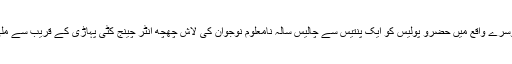
دوسرے واقع میں حضرو پولیس کو ایک پنتیس سے چالیس سالہ نامعلوم نوجوان کی لاش چھچھ انٹر چینج کٹی پہاڑی کے قریب سے ملی۔